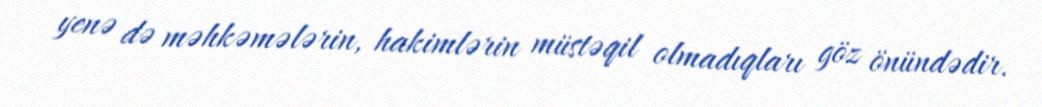
yenə də məhkəmələrin, hakimlərin müstəqil olmadıqları göz önündədir.